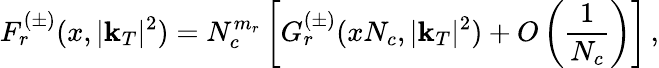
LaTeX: F_{r}^{(\pm)}(x,|\mathbf{k}_{T}|^{2})=N_{c}^{m_{r}}\left[G_{r}^{(\pm)}(xN_{c},|\mathbf{k}_{T}|^{2})+O\left(\frac{1}{N_{c}}\right)\right]\, ,